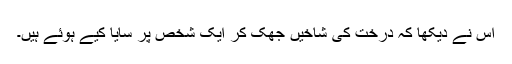
اس نے دیکھا کہ درخت کی شاخیں جھک کر ایک شخص پر سایا کیے ہوئے ہیں۔